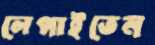
লেপাইতেন